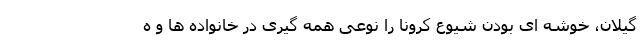
گیلان، خوشه ای بودن شیوع کرونا را نوعی همه گیری در خانواده ها و ه